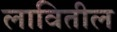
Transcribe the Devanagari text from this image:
लावितील